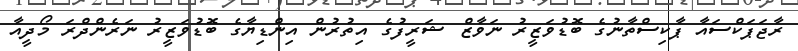
ރާޖަޕަކްސައާ ޕާކިސްތާނުގެ ބޮޑުވަޒީރު ނަވާޒް ޝަރީފުގެ އިތުރުން އިންޑިޔާގެ ބޮޑުވަޒީރު ނަރެންދްރަ މޯދީއާ